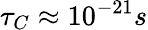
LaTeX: \tau_{C}\approx 10^{-21}s